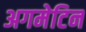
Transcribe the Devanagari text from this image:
अगमेटिन